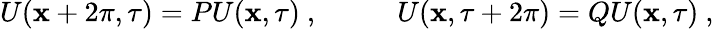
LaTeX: U(\mathbf{x}+2\pi,\tau)=PU(\mathbf{x},\tau)~,~~~~~~~~~~~U(\mathbf{x},\tau+2\pi)=QU(\mathbf{x},\tau)~,